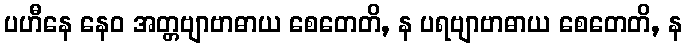
ပဟီနေ နေဝ အတ္တဗျာဗာဓာယ စေတေတိ, န ပရဗျာဗာဓာယ စေတေတိ, န